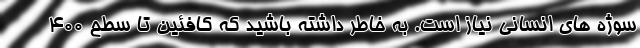
سوژه های انسانی نیاز است. به خاطر داشته باشید که کافئین تا سطح 400